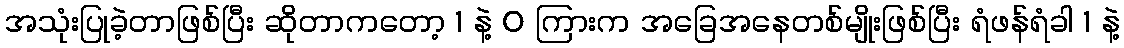
အသုံးပြုခဲ့တာဖြစ်ပြီး ဆိုတာကတော့ 1 နဲ့ 0 ကြားက အခြေအနေတစ်မျိုးဖြစ်ပြီး ရံဖန်ရံခါ 1 နဲ့